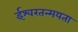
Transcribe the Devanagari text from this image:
ईश्वरतन्मयता